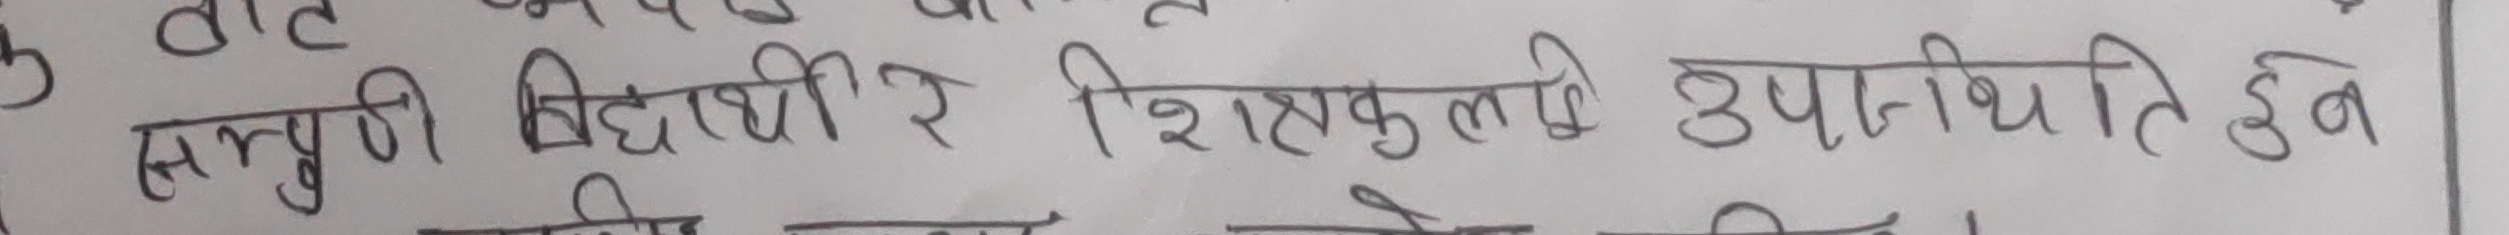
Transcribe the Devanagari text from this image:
सबै विधार्थी र शिक्षकले उपस्थीति हुन